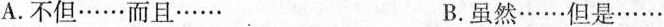
A.不但……而且…… B.虽然……但是……